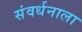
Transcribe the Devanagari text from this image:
संवर्धनाला